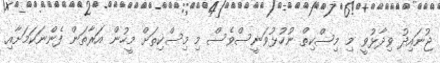
ޖުނައިދު ވިދާޅުވީ މި މިސްކިތް ނުހުޅުވަނީސްވެސް މި މިސްކިތަށް މީހުން އަރާތަން ފެންނަކަމަށާއި